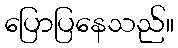
ပြောပြနေသည်။